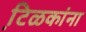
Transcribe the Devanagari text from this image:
टि़ळकांना